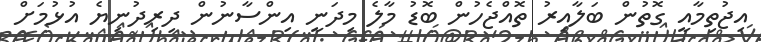
އިޖުތިމާއީ ގޮތުން ބަލާއިރު ތޮއްޖެހުން ބޮޑު މާލެ މިދަނީ އިންސާނުން ދިރިދުނިޔެ އުޅުމަށް